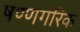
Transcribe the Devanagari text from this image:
षण्णगरिक